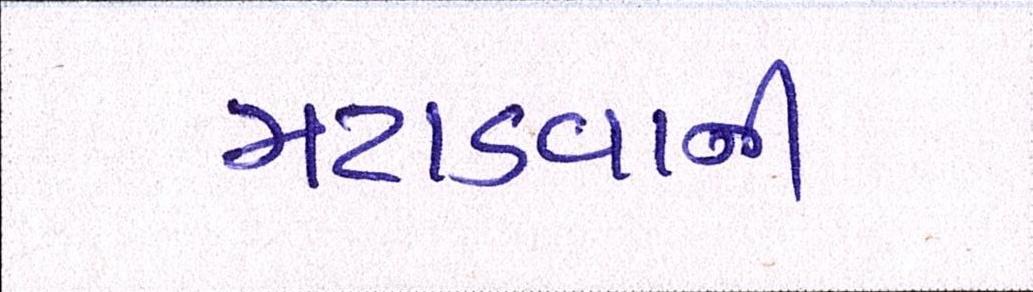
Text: મટાડવાની